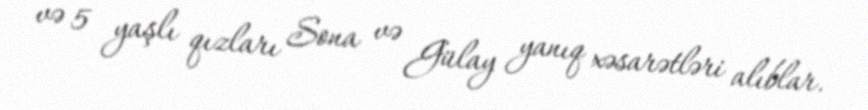
və 5 yaşlı qızları Sona və Gülay yanıq xəsarətləri alıblar.